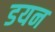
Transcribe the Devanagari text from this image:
डयन